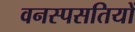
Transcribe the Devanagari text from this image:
वनस्पसतियों